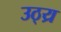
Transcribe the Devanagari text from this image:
उठ्य्र